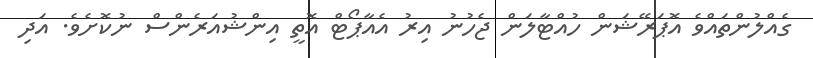
ގެއްލުންތައްވެ އޮޕަރޭޝަން ހުއްޓާލަން ޖެހުނު އިރު އެއާޕޯޓް އޮތީ އިންޝުއަރެންސް ނުކޮށެވެ. އަދި